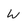
Character: W